Civil Veterinary Dept. North-West Frontier Province 1933-46 - 1933-1946
Year: 1933
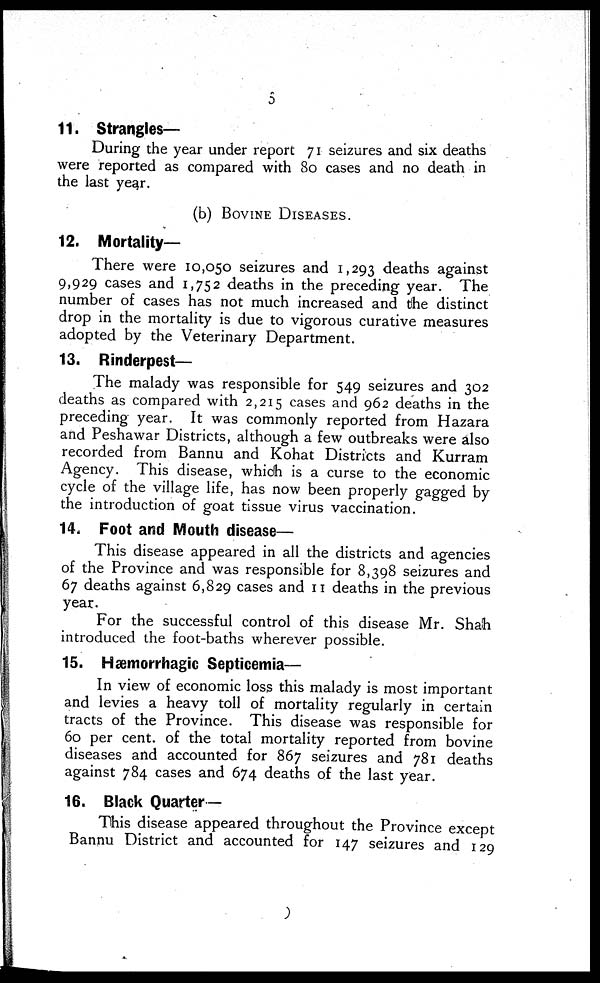
5
11. Strangles—
During the year under report 71 seizures and six deaths
were reported as compared with 80 cases and no death in
the last year.
(b) BOVINE DISEASES.
12. Mortality-
There were 10,050 seizures and 1,293 deaths against
9,929 cases and 1,752 deaths in the preceding year. The
number of cases has not much increased and the distinct
drop in the mortality is due to vigorous curative measures
adopted by the Veterinary Department.
13. Rinderpest—
The malady was responsible for 549 seizures and 302
deaths as compared with 2,215 cases and 962 deaths in the
preceding year. It was commonly reported from Hazara
and Peshawar Districts, although a few outbreaks were also
recorded from Bannu and Kohat Districts and Kurram
Agency. This disease, which is a curse to the economic
cycle of the village life, has now been properly gagged by
the introduction of goat tissue virus vaccination.
14. Foot and Mouth disease—
This disease appeared in all the districts and agencies
of the Province and was responsible for 8,398 seizures and
67 deaths against 6,829 cases and 11 deaths in the previous
year.
For the successful control of this disease Mr. Shah
introduced the foot-baths wherever possible.
15. Hæmorrhagic Septicemia—
In view of economic loss this malady is most important
and levies a heavy toll of mortality regularly in certain
tracts of the Province. This disease was responsible for
60 per cent. of the total mortality reported from bovine
diseases and accounted for 867 seizures and 781 deaths
against 784 cases and 674 deaths of the last year.
16. Black Quarter —
This disease appeared throughout the Province except
Bannu District and accounted for 147 seizures and 129